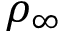
\rho _ { \infty }